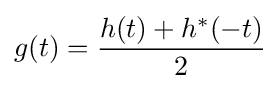
g(t)={h(t)+h^{*}(-t) \over 2}